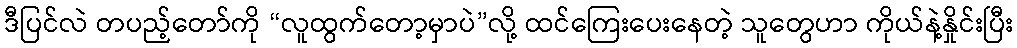
ဒီပြင်လဲ တပည့်တော်ကို “လူထွက်တော့မှာပဲ”လို့ ထင်ကြေးပေးနေတဲ့ သူတွေဟာ ကိုယ်နဲ့နှိုင်းပြီး